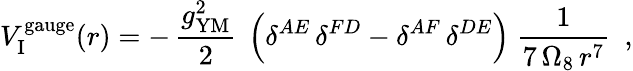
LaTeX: {V}_{\mathrm{I}}^{\mathrm{gauge}}(r)=-\, \frac{g_{\mathrm{YM}}^{2}}{2}~\left(\delta^{AE}\, \delta^{FD}-\delta^{AF}\, \delta^{DE}\right)~\frac{1}{7\, \Omega_{8}\, r^{7}}~~,